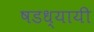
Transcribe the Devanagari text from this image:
षडध्यायी